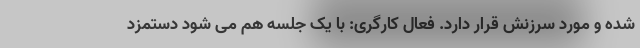
شده و مورد سرزنش قرار دارد. فعال کارگری: با یک جلسه هم می شود دستمزد